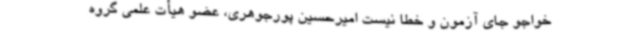
خواجو جای آزمون و خطا نیست امیرحسین پورجوهری، عضو هیأت علمی گروه